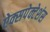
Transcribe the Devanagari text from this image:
ऐक्सपेक्टेशंस